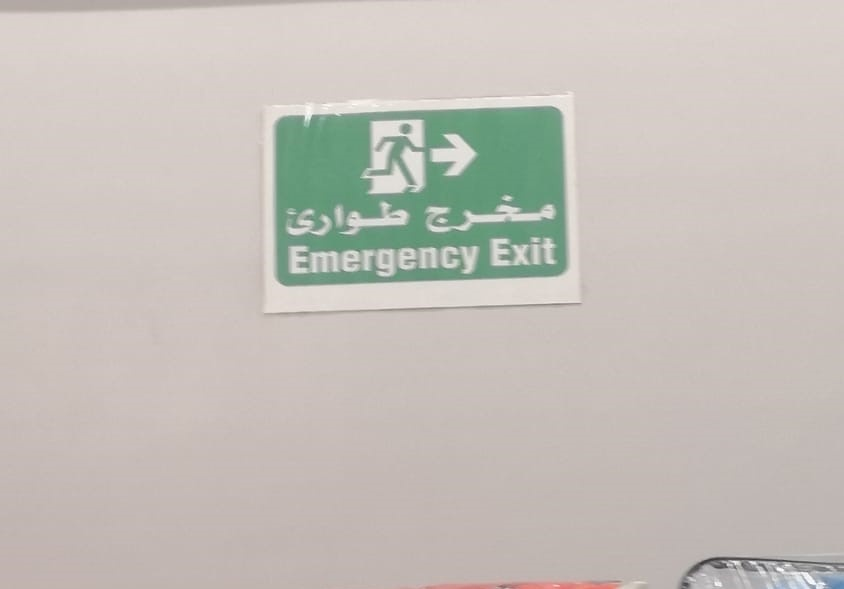
Text in image: مخرج طوارئ Exit Emergency